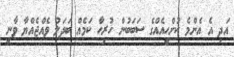
އަދި އެ އެންމެ ކުށްހީއެއްގެ ސަބަބުން ހުރިހާ ކަމެއް ބަދަލު ވެއްޖެއްޔާ ވާނީ